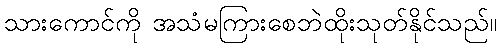
သားကောင်ကို အသံမကြားစေဘဲထိုးသုတ်နိုင်သည်။